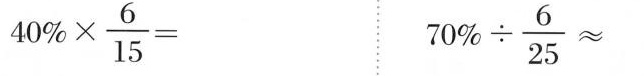
$$4 0 % \times \frac { 6 } { 1 5 } =$$ $$7 0 % \div \frac { 6 } { 2 5 } ≈$$